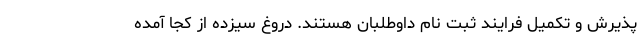
پذیرش و تکمیل فرایند ثبت نام داوطلبان هستند. دروغ سیزده از کجا آمده